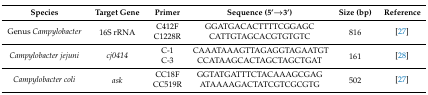
<table><thead><tr><td><b>Species</b></td><td><b>Target Gene</b></td><td><b>Primer</b></td><td><b>Sequence (5’→3’)</b></td><td><b>Size (bp)</b></td><td><b>Reference</b></td></tr></thead><tbody><tr><td rowspan="2">Genus <i>Campylobacter</i></td><td rowspan="2">16S rRNA</td><td>C412F</td><td>GGATGACACTTTTCGGAGC</td><td rowspan="2">816</td><td rowspan="2">[27]</td></tr><tr><td>C1228R</td><td>CATTGTAGCACGTGTGTC</td></tr><tr><td rowspan="2"><i>Campylobacter jejuni</i></td><td rowspan="2"><i>cj0414</i></td><td>C-1</td><td>CAAATAAAGTTAGAGGTAGAATGT</td><td rowspan="2">161</td><td rowspan="2">[28]</td></tr><tr><td>C-3</td><td>CCATAAGCACTAGCTAGCTGAT</td></tr><tr><td rowspan="2"><i>Campylobacter coli</i></td><td rowspan="2"><i>ask</i></td><td>CC18F</td><td>GGTATGATTTCTACAAAGCGAG</td><td rowspan="2">502</td><td rowspan="2">[27]</td></tr><tr><td>CC519R</td><td>ATAAAAGACTATCGTCGCGTG</td></tr></tbody></table>